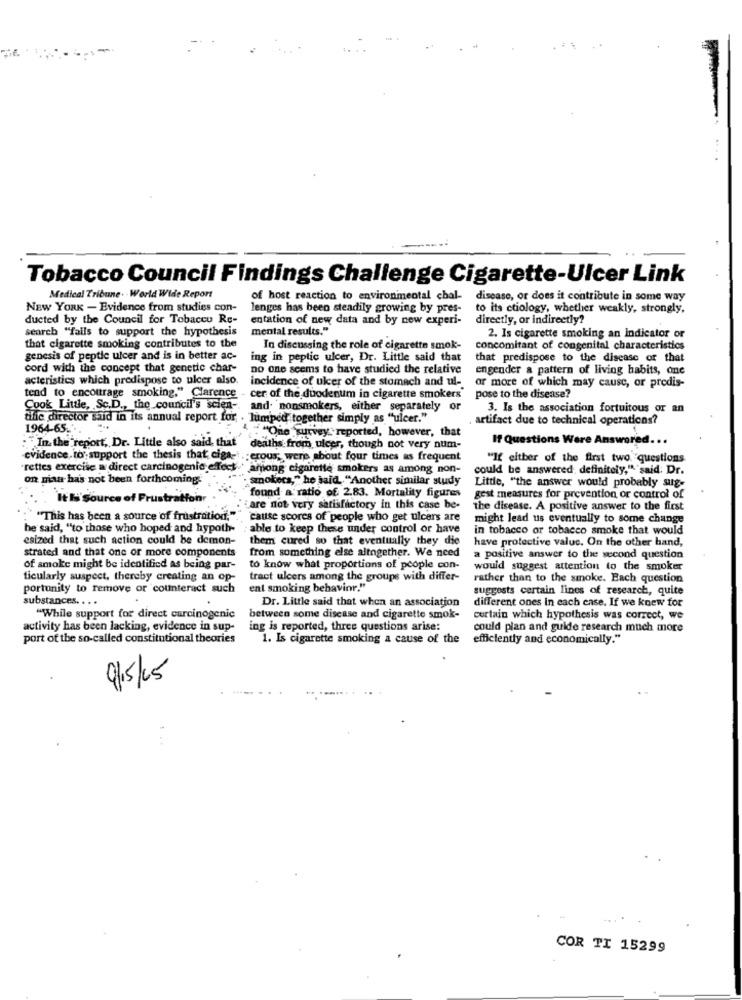
. ..
Tobacco Council Findings Challenge Cigarette-Ulcer Link
Medical Tribune. . World Wide Report
of host reaction to environmental chal- disease, or does it contribute in some way
NEW YORK - Evidence from studies con-
lenges has been steadily growing by pres- to its ctiology, whether weakly, strongly,
ducted by the Council for Tobacco Re-
entation of new data and by new experi-
directly, or indirectly?
search "fails to support the hypothesis
mental results."
2. Is cigarette smoking an indicator or
that cigarette smoking contributes to the
In discussing the role of cigarette smok-
concomitant of congenital characteristics
genesis of peptle ulcer and is in better ac-
ing in peptic ulcer, Dr. Little said that
that predispose to the disease of that
cord with the concept that genetic char-
no one seems to have studied the relative
engender a pattern of living habits, one
acteristics which predispose to ulcer also.
incidence of ulcer of the stomach and ul-
or more of which may cause, or predis-
tend to encourage smoking," Clarence
cer of the duodenum in cigarette smokers
pose to the disease?
Cook Little, Sc.D ., the council's scien -.
and. nonsmokers, either separately or
3. Is the association fortuitous or an
tifie director said in its annual report for . lumped together simply as "ulcer."
artifact due to technical operations?
1964-65 ...
:"In the report, Dr. Little also said that
:"One survey reported, however, that
If Questions Were Answered. ..
deaths from ulcer, though not very num-
evidence, to support the thesis that; ciga-i, erous; were about four times as frequent
"If either of the first two questions
"rettes exercise a direct carcinogenic effect ' among cigarette smokers as among non-
could be answered. definitely," said: Dr.
on pian has not been forthcoming-
smokeca," he said, "Another similar study
Little, "the answer would probably aug-
found a ratio of. 2.83. Mortality figures
It li Source of Frustration
gest measures for prevention or control of
are not very satisfactory in this case be-
the disease. A positive answer to the first
"""This has been a source of frustration."."
"cause scores of people who get ulcers are
might lead us eventually to some change
he said, "to those who hoped and hypoth-
able to keep these under control or have
in tobacco or tobacco smoke that would
esized that such action could be demon-
them cured so that eventually they die
have protective value. On the other hand,
strated and that one or more components
from something else altogether. We need
a positive answer to the second question
of smoke might be identified as being par-
to know what proportions of people con-
would suggest attention to the smoker
ticularly suspect, thereby creating an op-
tract ulcers among the groups with differ-
rather than to the smoke. Each question
portunity to remove or counteract such
ent smoking behavior."
suggests certain lines of research, quite
substances. . . .
Dr. Little said that when an association
different ones in each case. If we knew for
"While support for direct carcinogenic
between some disease and cigarette smok-
curtain which hypothesis was correct, we
activity has been lacking, evidence in sup-
ing is reported, three questions arise:
could plan and guide research much more
port of the so-called constitutional theories
1. Is cigarette smoking a cause of the
efficiently and economically."
9/15/15
COR TI 15299